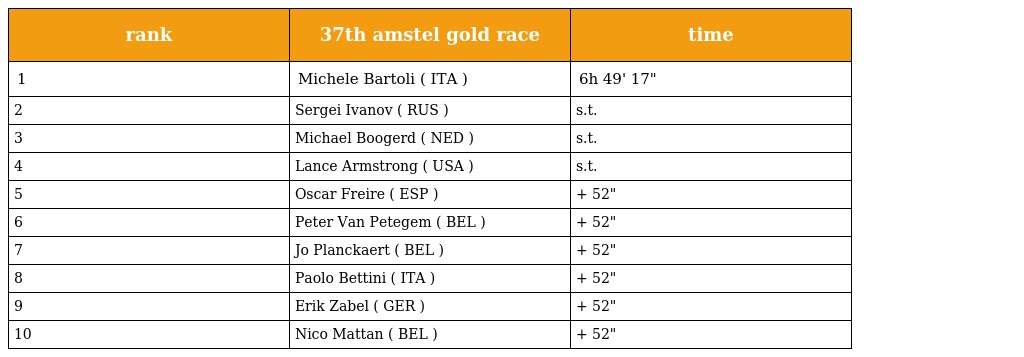
| rank | 37th amstel gold race | time |
 | --- | --- | --- |
 | 1 | Michele Bartoli ( ITA ) | 6h 49' 17" |
 | 2 | Sergei Ivanov ( RUS ) | s.t. |
 | 3 | Michael Boogerd ( NED ) | s.t. |
 | 4 | Lance Armstrong ( USA ) | s.t. |
 | 5 | Oscar Freire ( ESP ) | + 52" |
 | 6 | Peter Van Petegem ( BEL ) | + 52" |
 | 7 | Jo Planckaert ( BEL ) | + 52" |
 | 8 | Paolo Bettini ( ITA ) | + 52" |
 | 9 | Erik Zabel ( GER ) | + 52" |
 | 10 | Nico Mattan ( BEL ) | + 52" |